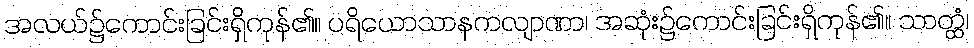
အလယ်၌ကောင်းခြင်းရှိကုန်၏။ ပရိယောသာနကလျာဏာ၊ အဆုံး၌ကောင်းခြင်းရှိကုန်၏။ သာတ္ထံ၊